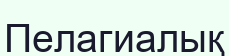
Пелагиалық